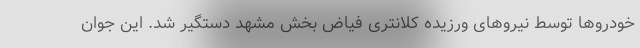
خودروها توسط نیروهای ورزیده کلانتری فیاض بخش مشهد دستگیر شد. این جوان